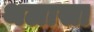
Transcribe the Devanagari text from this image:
थलासा